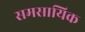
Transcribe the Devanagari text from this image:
समसायिक